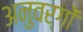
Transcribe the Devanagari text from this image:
अनुवर्गों